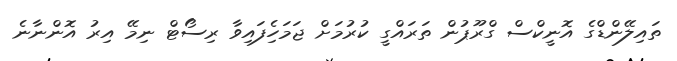
ތައިލޭންޑްގެ އޮނީކްސް ގްރޫޕުން ތަރައްގީ ކުރުމަށް ޖަމަހެިފައިވާ ރިސޯޓް ނިމޭ އިރު އޮންނާނެ